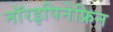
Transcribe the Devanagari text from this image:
नॉरइपिनेफ्रिन